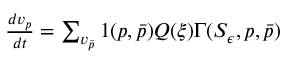
\begin{array} { r } { \frac { d v _ { p } } { d t } = \sum _ { v _ { \bar { p } } } 1 ( p , \bar { p } ) Q ( \xi ) \Gamma ( S _ { \epsilon } , p , \bar { p } ) } \end{array}